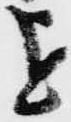
を